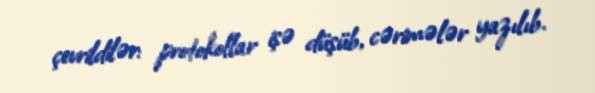
çevrildilər: protokollar işə düşüb, cərimələr yazılıb.